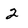
Character: 2